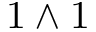
1 \wedge 1